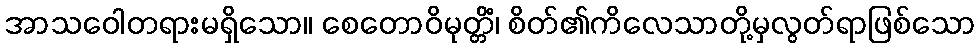
အာသဝေါတရားမရှိသော။ စေတောဝိမုတ္တိံ၊ စိတ်၏ကိလေသာတို့မှလွတ်ရာဖြစ်သော